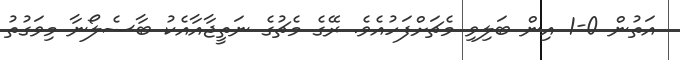
އަތުން 0-1 އިން ބަލިވި މެޗަށްފަހުއެވެ. ރޭގެ މެޗުގެ ނަތީޖާއާއެކު ބާސެލޯނާ މިވަގުތު